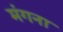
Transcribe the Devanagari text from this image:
मंगना